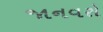
જાનવરો